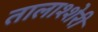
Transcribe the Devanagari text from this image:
तालाश्शेरी